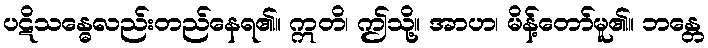
ပဋိသန္ဓေလည်းတည်နေရ၏။ ဣတိ၊ ဤသို့။ အာဟ၊ မိန့်တော်မူ၏။ ဘန္တေ